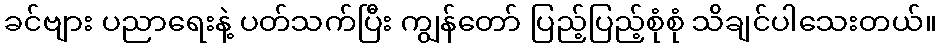
ခင်ဗျား ပညာရေးနဲ့ ပတ်သက်ပြီး ကျွန်တော် ပြည့်ပြည့်စုံစုံ သိချင်ပါသေးတယ်။